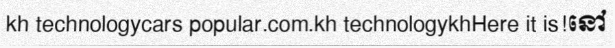
kh technologycars popular.com.kh technologykhHere it is!នៅ